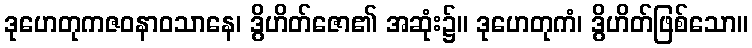
ဒုဟေတုကဇဝနာဝသာနေ၊ ဒွိဟိတ်ဇော၏ အဆုံး၌။ ဒုဟေတုကံ၊ ဒွိဟိတ်ဖြစ်သော။